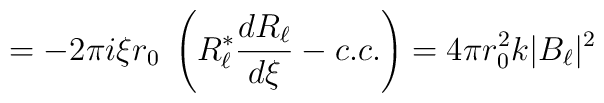
= -2\pi i \xi r_0\; \left( R_\ell^\ast{dR_\ell\over d\xi} - c.c.\right) = 4\pi r_0^2 k |B_\ell|^2